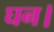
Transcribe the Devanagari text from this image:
घन।